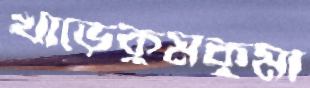
খাড়েকুমকুমা